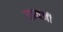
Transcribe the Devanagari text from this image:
रायजी